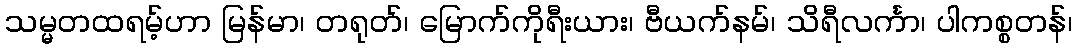
သမ္မတထရမ့်ဟာ မြန်မာ၊ တရုတ်၊ မြောက်ကိုရီးယား၊ ဗီယက်နမ်၊ သိရီလင်္ကာ၊ ပါကစ္စတန်၊